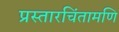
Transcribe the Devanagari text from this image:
प्रस्तारचिंतामणि